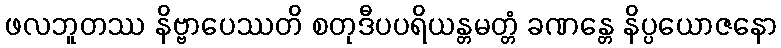
ဖလဘူတဿ နိဗ္ဗာပေဿတိ စတုဒီပပရိယန္တမတ္တံ ခဏန္တေ နိပ္ပယောဇနော